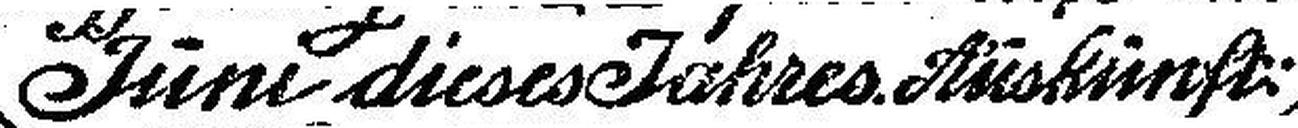
Juni dieses Jahres. Auskunft: